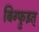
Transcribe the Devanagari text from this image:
बिग्फ्रुइत्